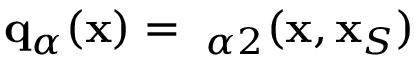
{ \bf q } _ { \alpha } ( { \bf x } ) = { \bf \Gamma } _ { \alpha 2 } ( { \bf x } , { \bf x } _ { S } )